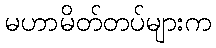
မဟာမိတ်တပ်များက